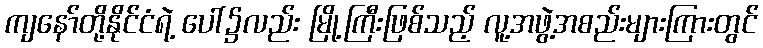
ကျနော်တို့နိုင်ငံရဲ့ ပေါ်၌လည်း မြို့ကြီးဖြစ်သည့် လူ့အဖွဲ့အစည်းများကြားတွင်